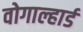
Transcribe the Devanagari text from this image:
वोगाल्हार्ड